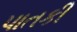
પાતકી